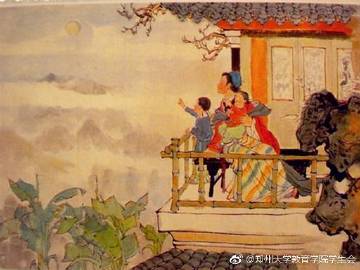
遥怜小儿女，未解忆长安。